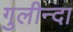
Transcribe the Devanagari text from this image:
गुलीन्दा